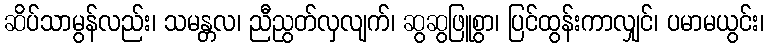
ဆိပ်သာမွန်လည်း၊ သမန္တလ၊ ညီညွတ်လှလျက်၊ ဆွဆွဖြူစွာ၊ ပြင်ထွန်းကာလျှင်၊ ပမာမယွင်း၊